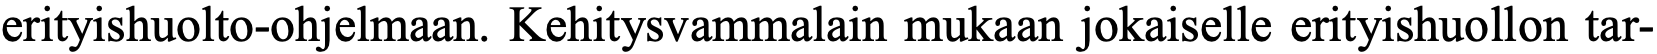
erityishuolto-ohjelmaan. Kehitysvammalain mukaan jokaiselle erityishuollon tar-